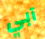
آبي